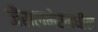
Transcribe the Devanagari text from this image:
जैसलमेरमधील